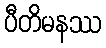
ပီတိမနဿ